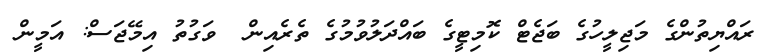
ރައްޔިތުންގެ މަޖިލީހުގެ ބަޖެޓް ކޮމިޓީގެ ބައްދަލުވުމުގެ ތެރެއިން  ވަގުތު އިމޭޖަސް: އަމީން